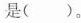
是( )。